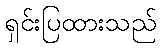
ရှင်းပြထားသည်